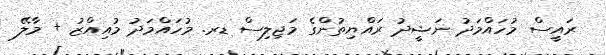
ރައީސް މުހައްމަދު ނަޝީދު ރައްޔިތުންގެ މަޖިލިސް ޑރ. މުހައްމަދު މުއިއްޒު + މާލޭ